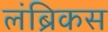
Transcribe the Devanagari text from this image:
लंब्रिकस